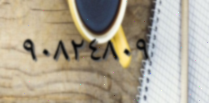
٩٠٨٢٤٨٠٩